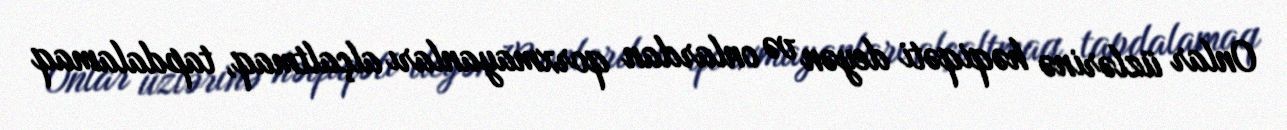
Onlar üzlərinə həqiqəti deyən və onlardan qorxmayanları alçaltmaq, tapdalamaq